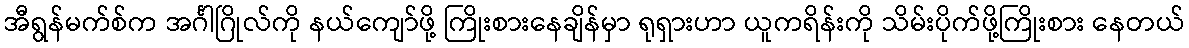
အီရွန်မက်စ်က အင်္ဂါဂြိုလ်ကို နယ်ကျော်ဖို့ ကြိုးစားနေချိန်မှာ ရုရှားဟာ ယူကရိန်းကို သိမ်းပိုက်ဖို့ကြိုးစား နေတယ်